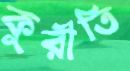
কুরীতি